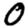
Digit: 0